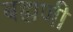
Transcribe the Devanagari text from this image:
बह्मणी